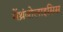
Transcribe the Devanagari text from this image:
मेंथ्रंबोलाइसिस